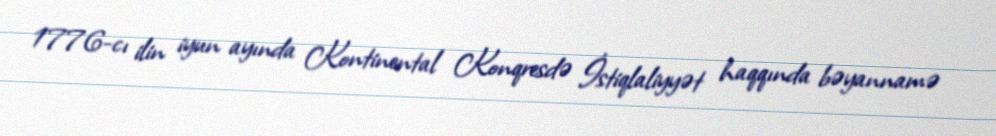
1776-cı ilin iyun ayında Kontinental Konqresdə İstiqlaliyyət haqqında bəyannamə